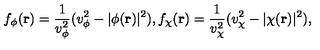
f _ { \phi } ( { \bf r } ) = \frac { 1 } { v _ { \phi } ^ { 2 } } ( v _ { \phi } ^ { 2 } - | \phi ( { \bf r } ) | ^ { 2 } ) , f _ { \chi } ( { \bf r } ) = \frac { 1 } { v _ { \chi } ^ { 2 } } ( v _ { \chi } ^ { 2 } - | \chi ( { \bf r } ) | ^ { 2 } ) ,